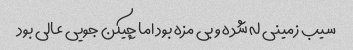
سیب زمینی له شده و بی مزه بود اما چیکن جویی عالی بود